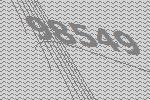
98549